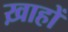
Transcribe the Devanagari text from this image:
ख़ाहों